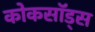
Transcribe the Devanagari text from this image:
कोकसॉड्स